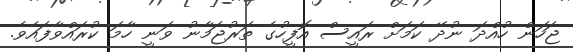
ޖަހަން ހުއްދަ ނުދޭ ކަމަށް ރައީސް އޮފީހުގެ ތަރުޖަމާނު ވަނީ ހާމަ ކުރައްވާފައެވެ.